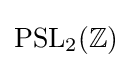
\mathrm {PSL} _{2}(\mathbb {Z} )